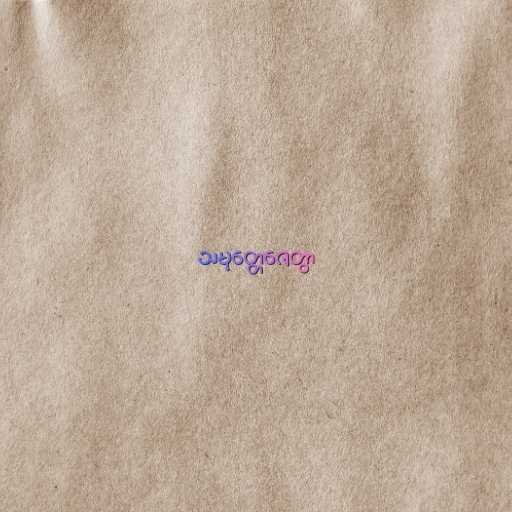
သမုတ္တေဇေတွာ